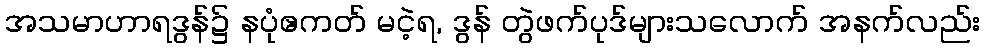
အသမာဟာရဒွန်၌ နပုံဧကတ် မငဲ့ရ, ဒွန် တွဲဖက်ပုဒ်များသလောက် အနက်လည်း